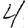
Digit: 4